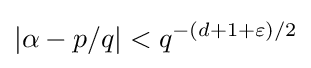
|\alpha -p/q|<q^{-(d+1+\varepsilon )/2}